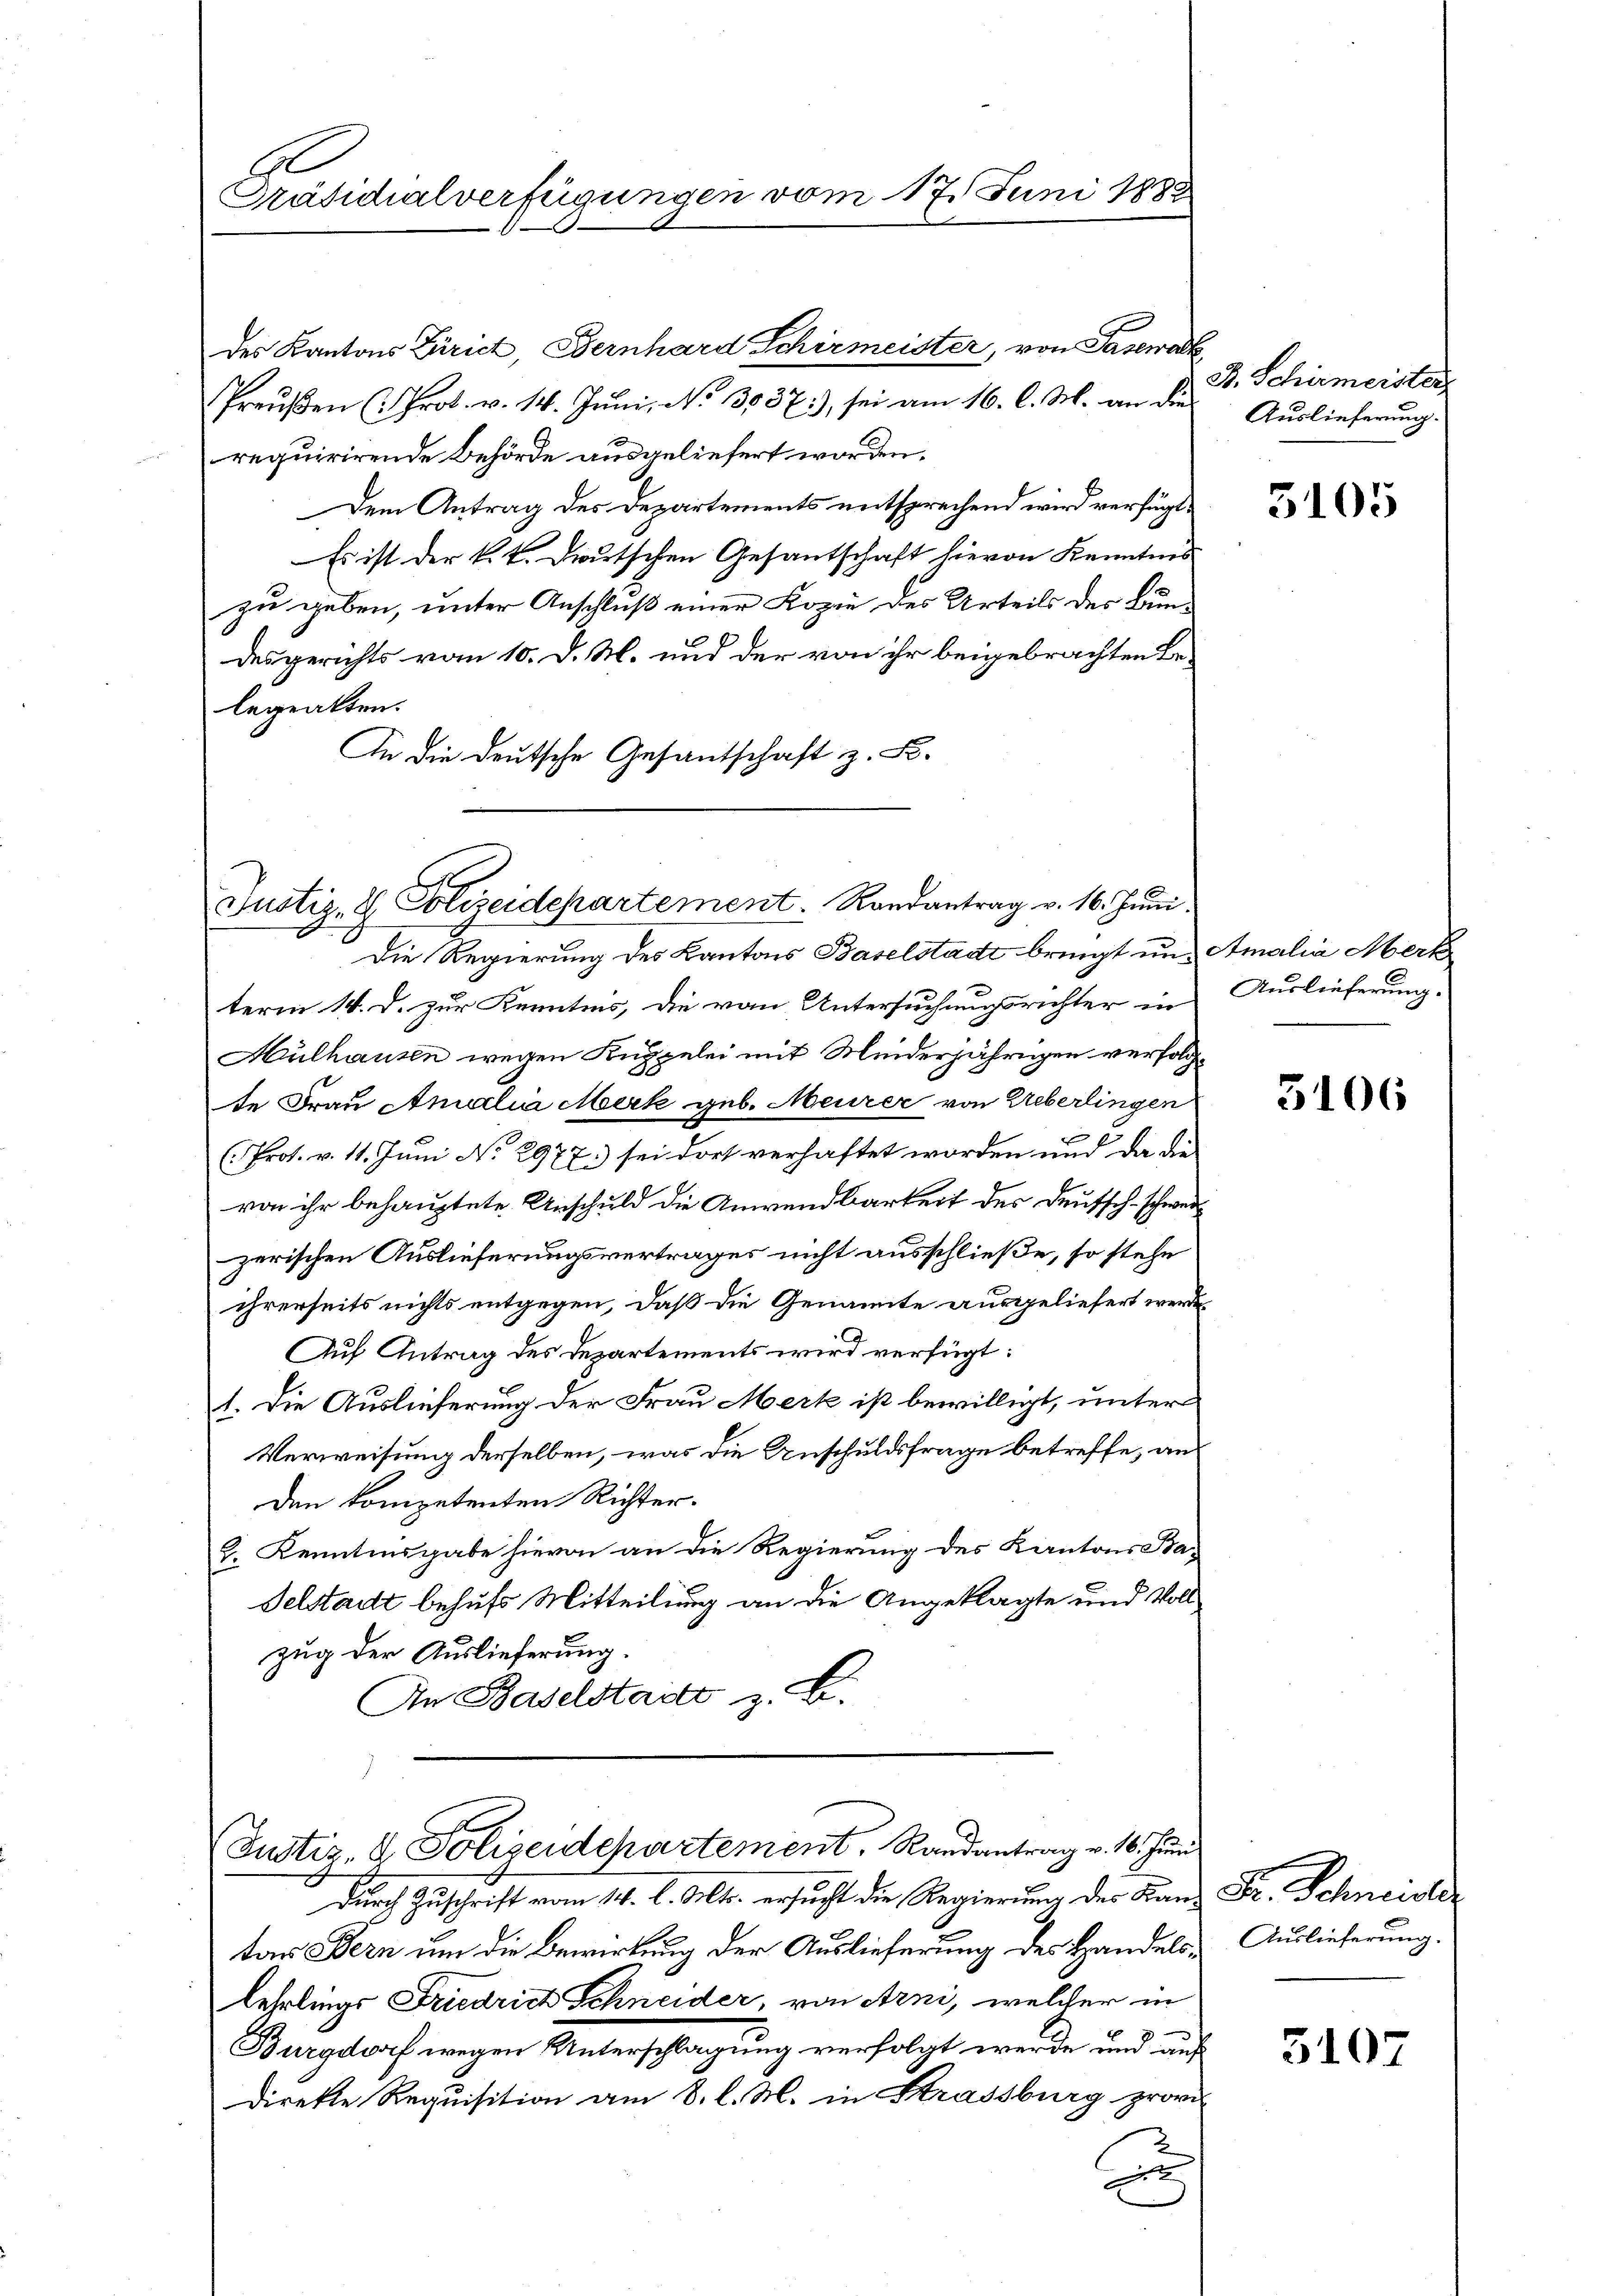
A
Präsidialverfügungen vom 17. Juni 1888

des Kantons Zürich, Bernhard Schirmeister, von Pasewadk
Preußen (Prot. v. 14. Juni, No 3037), sei am 16. l. M. an die
requirirende Behörde ausgeliefert worden.
Dem Antrag des Departements entsprechend wird verfügt,
Es ist der k. k. Dietschen Gesantschaft hievon Kenntnis
zu geben, unter Anschluß einer Kopie des Urteils der Bundesgerichts vom 10. d. M. und der von ihr beigebrachten Belegatten.
An die deutsche Gesantschaft z. B.

Justiz- & Polizeidepartement. Randantrag v. 16. Juni.

Justiz- & Polizeidepartement, Randantrag v. 16. Juni

B. Schirmeister
Auslieferung.

Die Regierung des Kantons Baselstadt bringt und Amalia Merk
term 14. d. zur Kenntnis, die von Untersuchungsrichter in
Mülhausen wegen Kuppelei mit Meiderjährigen verfolgte Frau Annalia Merk geb. Meurer von Ueberlingen
(Prot. v. 11. Juni No 2977.) sei dort verhaftet worden und da die
von ihr behauptete Anschuld die Anwendbarkeit des Deutsch-schwer
zerischen Auslieferungsvertrages nicht ausschließe, so stehe
ihrerseits nichts entgegen, daß die Genannte ausgeliefert werde
Auf Antrag des Departements wird verfügt:
1. Die Auslieferung der Frau Merk ist bewilligt, unter
Verweisung derselben, was die Anschuldsfrage betreffe, an
den kompetenten Richter.
2. Kenntnisgabe hievon an die Regierung des Kantons Ba-
Felstadt behufs Mitteilung an die Angeklagte und Vollzug der Auslieferung.
An Baselstadts z. B.

Durch Zuschrift vom 14. l. Mts. ersucht die Regierung des Land Fr. Schneide
tar Bern um die Bewirkung der Auslieferung des Handels-Auslieferung.
lehrlings Friedrich Schneider, von Arni, welcher in
Burgdorf wegen Unterschlagung verfolgt werde, und auf
direkte Requisition am 8. l. M. in Strassburg provi
E

5105

Auslieferung.

3106

3107